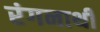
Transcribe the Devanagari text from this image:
रंगनाथी